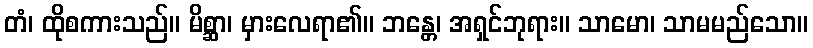
တံ၊ ထိုစကားသည်။ မိစ္ဆာ၊ မှားလေရာ၏။ ဘန္တေ၊ အရှင်ဘုရား။ သာမော၊ သာမမည်သော။